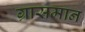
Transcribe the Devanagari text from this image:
ग्रासमान